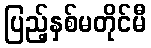
ပြည့်နှစ်မတိုင်မီ